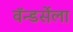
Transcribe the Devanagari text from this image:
वॅन्डर्सेला